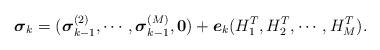
LaTeX: \begin{align*}\mbox{\boldmath $\sigma$}_k=(\mbox{\boldmath $\sigma$}_{k-1}^{(2)}, \cdots, \mbox{\boldmath $\sigma$}_{k-1}^{(M)}, \mbox{\boldmath $0$})+\mbox{\boldmath $e$}_k(H_1^T, H_2^T, \cdots, H_M^T) .\end{align*}